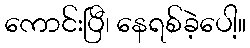
ကောင်းပြီ၊ နေရစ်ခဲ့ပေါ့။